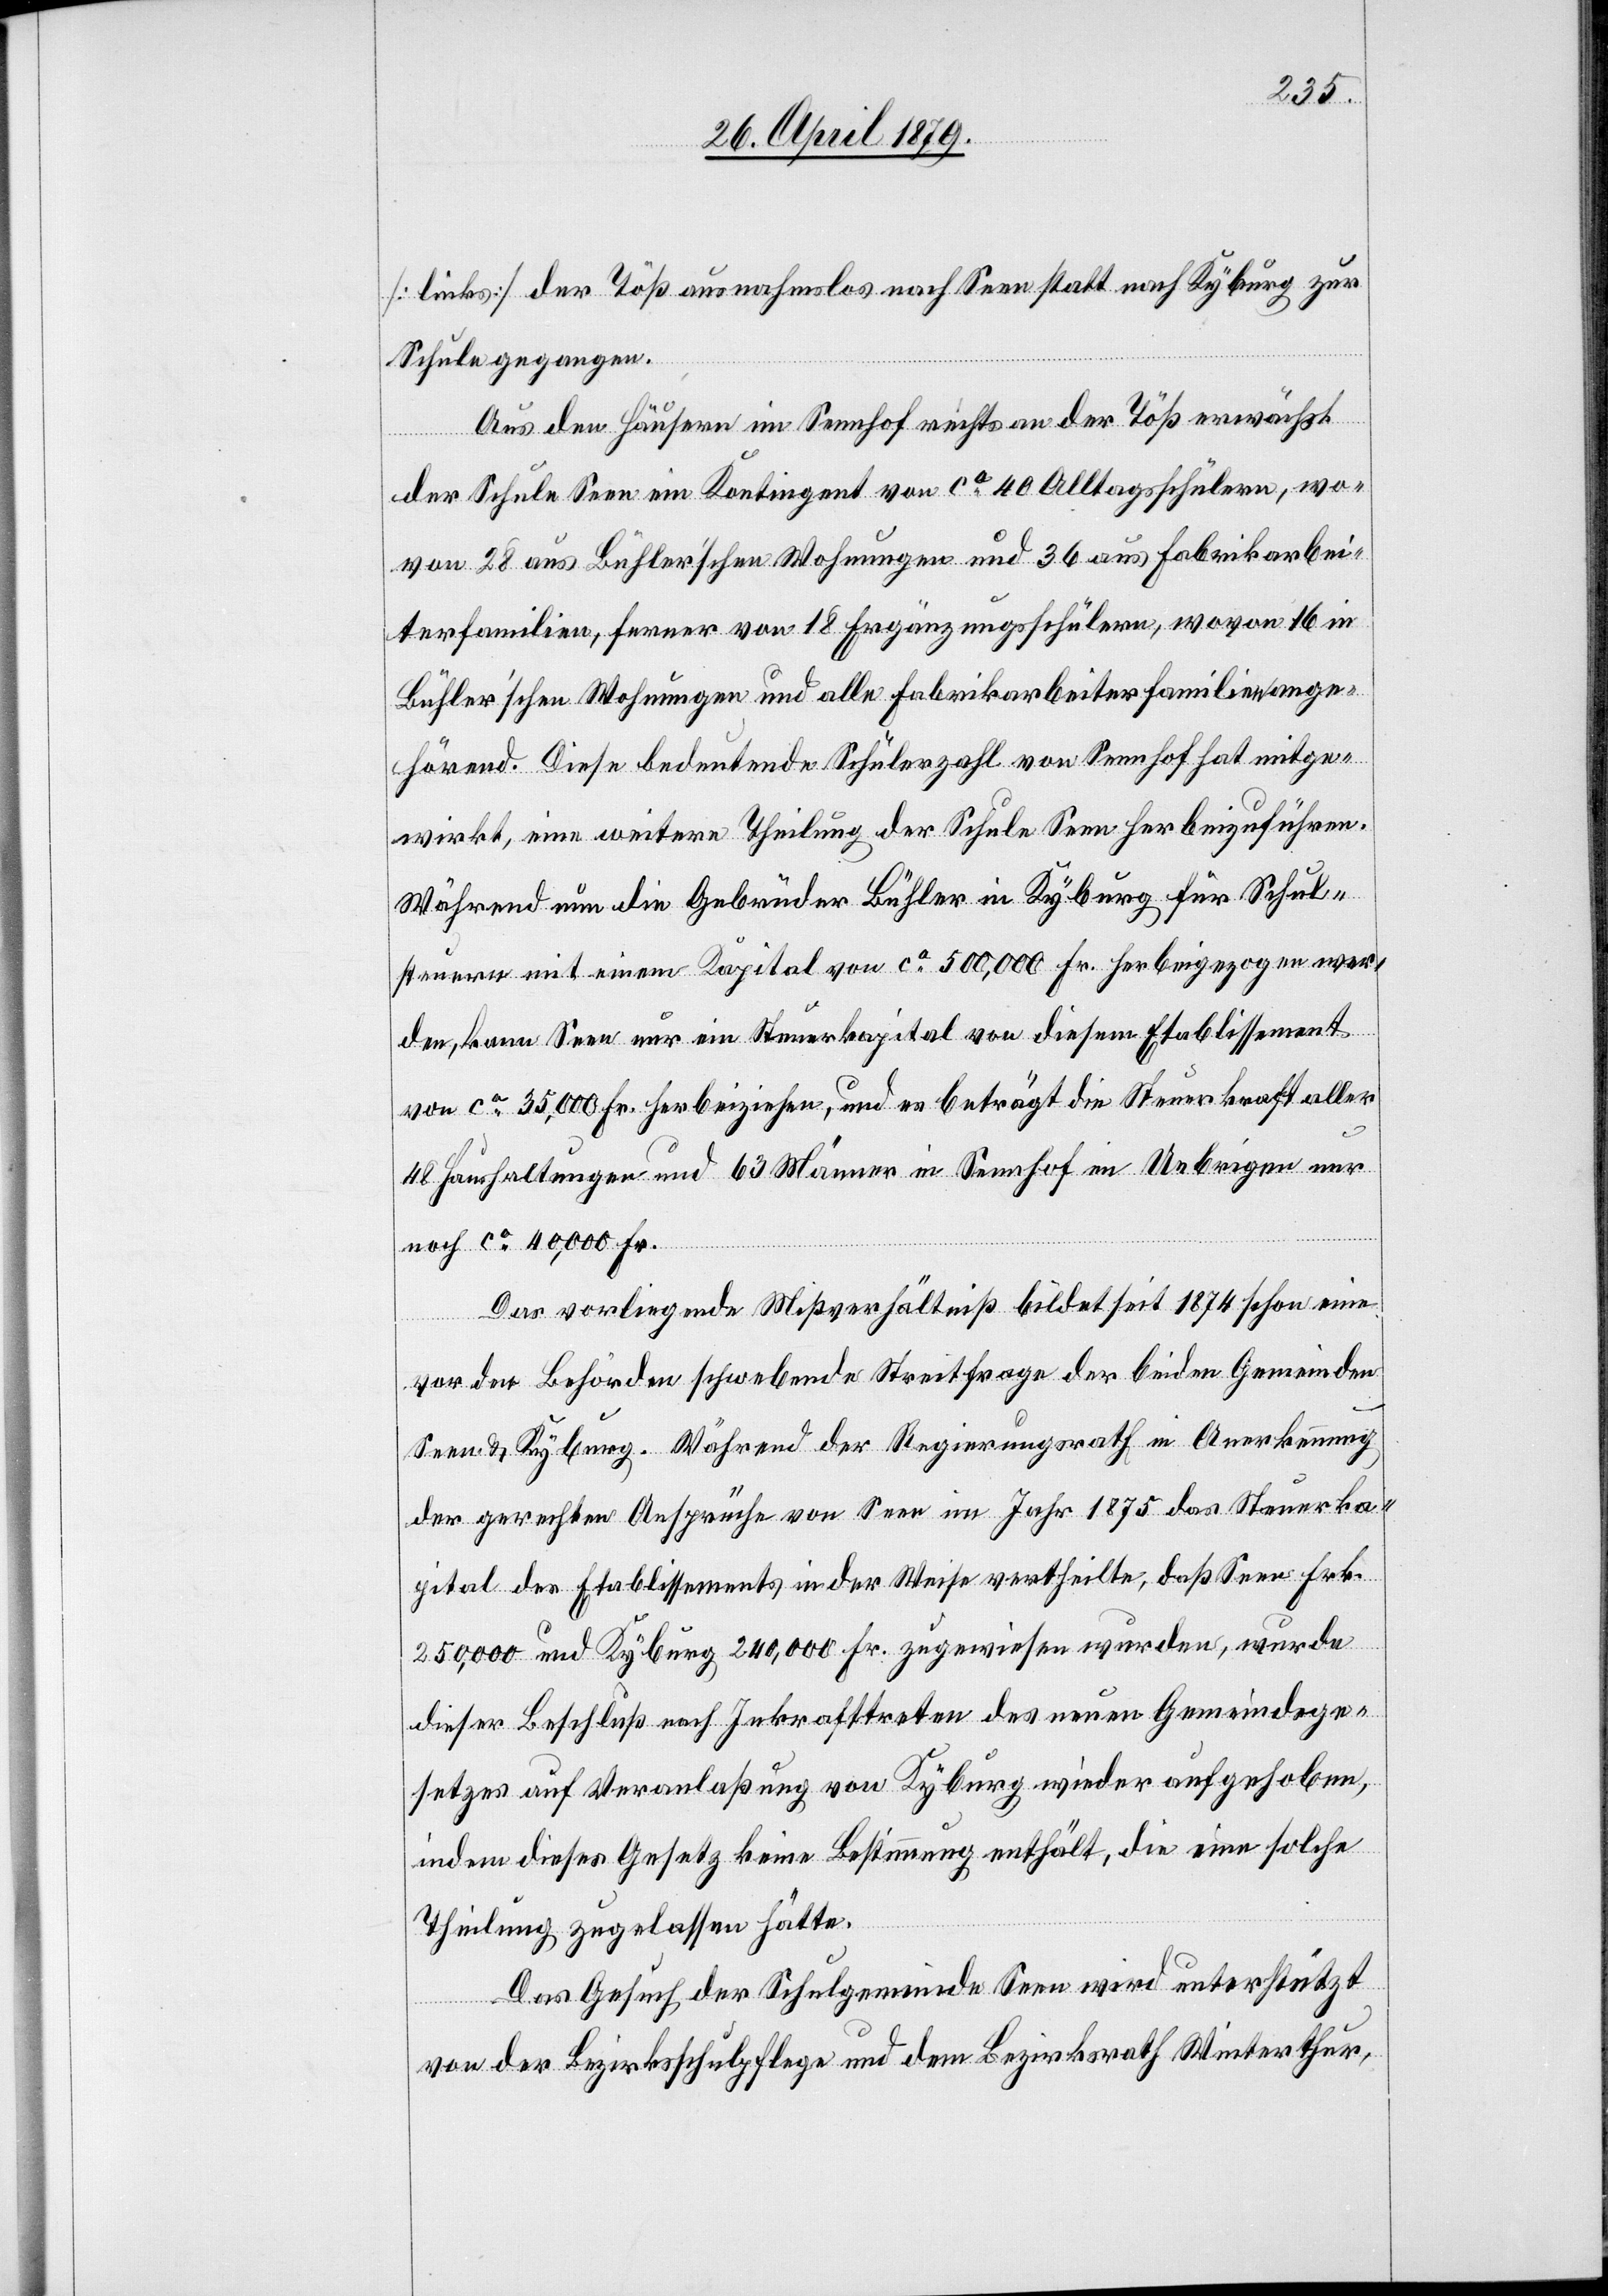
[links] der Töß ausnahmslos nach Seen statt nach Kyburg zur
Schule gegangen.
Aus den Häusern im Sennhof rechts an der Töß erwächst
der Schule Seen ein Kontingent von ca 40 Alltagsschülern, wo¬
von 28 aus Bühler’schen Wohnungen und 36 aus Fabrikarbei¬
terfamilien, ferner von 18 Ergänzungsschülern, wovon 16 in
Bühler’schen Wohnungen und alle Fabrikarbeiterfamilien ange¬
hörend. Diese bedeutende Schülerzahl von Sennhof hat mitge¬
wirkt, eine weitere Theilung der Schule Seen herbeizuführen.
Während nun die Gebrüder Bühler in Kyburg für Schul¬
steuern mit einem Kapital von ca 500,000 Fr. herbeigezogen wer¬
den, kann Seen nur ein Steuerkapital von diesem Etablissement
von ca 35,000 Fr. herbeiziehen, und es beträgt die Steuerkraft aller
48 Haushaltungen und 63 Männer in Sennhof im Uebrigen nur
noch ca 40,000 Fr.
Das vorliegende Mißverhältniß bildet seit 1874 schon eine
vor den Behörden schwebende Streitfrage der beiden Gemeinden
Seen & Kyburg. Während der Regierungsrath in Anerkennung
der gerechten Ansprüche von Seen im Jahr 1875 das Steuerka¬
pital des Etablissements in der Weise vertheilte, daß Seen Frk.
250,000 und Kyburg 240,000 Fr. zugewiesen wurden, wurde
dieser Beschluß nach Inkrafttreten des neuen Gemeindege¬
setzes auf Veranlaßung von Kyburg wieder aufgehoben,
indem dieses Gesetz keine Bestimmung enthält, die eine solche
Theilung zugelassen hätte.
Das Gesuch der Schulgemeinde Seen wird unterstützt
von der Bezirksschulpflege und dem Bezirksrath Winterthur,